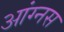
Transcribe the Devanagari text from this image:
आंग्नस